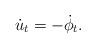
LaTeX: \begin{align*}\dot u_t = - \dot \phi_t.\end{align*}